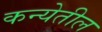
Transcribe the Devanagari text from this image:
कन्येतील